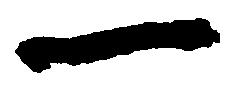
一